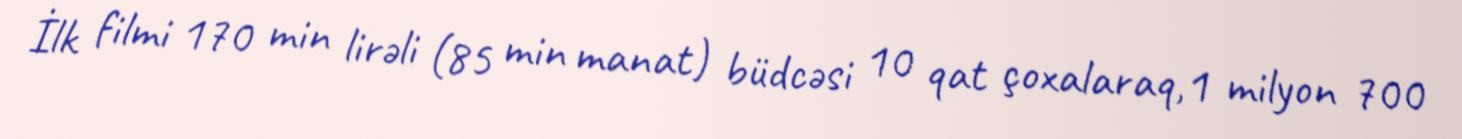
İlk filmi 170 min lirəli (85 min manat) büdcəsi 10 qat çoxalaraq,1 milyon 700